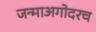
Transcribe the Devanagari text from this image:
जन्माअगोदरच